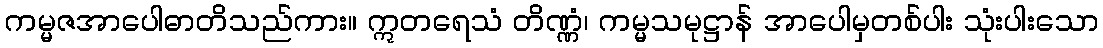
ကမ္မဇအာပေါဓာတိသည်ကား။ ဣတရေသံ တိဏ္ဏံ၊ ကမ္မသမုဋ္ဌာန် အာပေါမှတစ်ပါး သုံးပါးသော